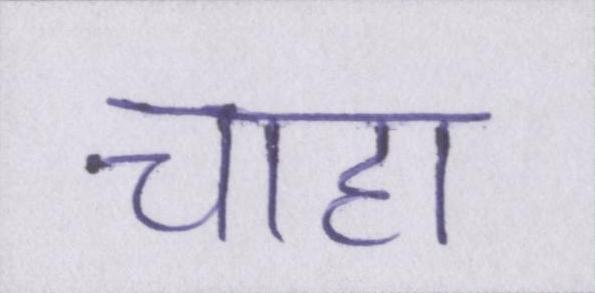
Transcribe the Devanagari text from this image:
चाहा